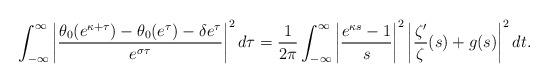
LaTeX: \begin{align*} \int_{-\infty}^\infty \left| \frac{\theta_0(e^{\kappa+\tau})-\theta_0(e^\tau)-\delta e^\tau}{e^{\sigma\tau}} \right|^2 d\tau = \frac{1}{2\pi} \int_{-\infty}^\infty \left| \frac{e^{\kappa s}-1}{s} \right|^2 \left| \frac{\zeta'}{\zeta}(s) + g(s) \right|^2 dt.\end{align*}